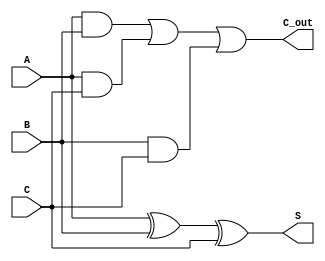
module DynamicCarrySaveAdder (
    input [N-1:0] A, // First input
    input [N-1:0] B, // Second input
    input [N-1:0] C, // Third input
    output [N-1:0] S, // Sum output
    output [N-1:0] C_out // Carry output
);
    parameter N = 8; // Bit-width of the inputs

    wire [N-1:0] carry_ab; // Carry bits from A and B
    wire [N-1:0] carry_ac; // Carry bits from A and C
    wire [N-1:0] carry_bc; // Carry bits from B and C

    // Carry generation using AND gates
    assign carry_ab = A & B; // Carry bits from A and B
    assign carry_ac = A & C; // Carry bits from A and C
    assign carry_bc = B & C; // Carry bits from B and C

    // Sum calculation using XOR gates
    assign S = A ^ B ^ C; // Sum bits

    // Carry output calculation using OR gates
    assign C_out = carry_ab | carry_ac | carry_bc; // Final carry bits

endmodule